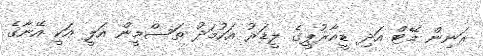
ރަނިން މޭޓް އަދި ޑީއާރުޕީގެ ލީޑަރު އަހުމަދު ތަސްމީން އަލީ އަކީ އޭނާގެ